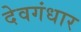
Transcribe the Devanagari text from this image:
देवगंधार